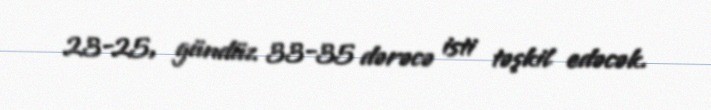
23-25, gündüz 33-35 dərəcə isti təşkil edəcək.